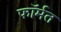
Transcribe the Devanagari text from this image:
फॉर्मत